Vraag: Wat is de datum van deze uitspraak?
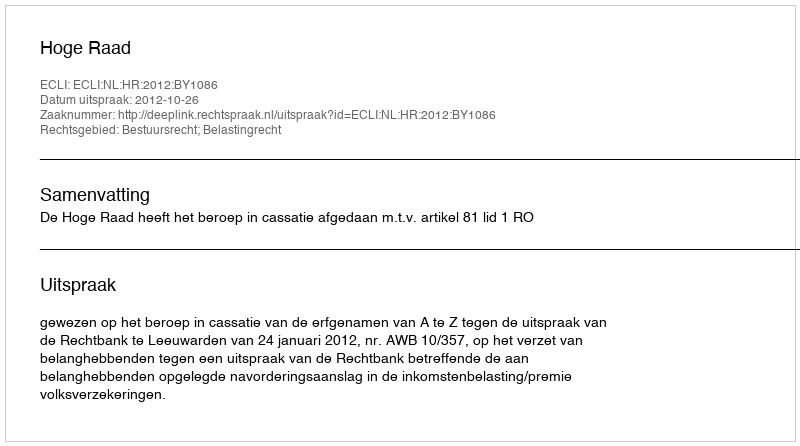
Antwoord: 2012-10-26